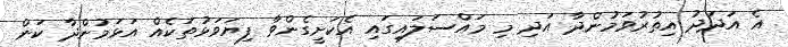
އެ އަދަދު އިތުރުވަމުންދާ އަދި މި މައްސަލައިގައި އެކަށީގެންވާ ފިޔަވަޅުތަކެއް އަޅަމުންދާ ކަން